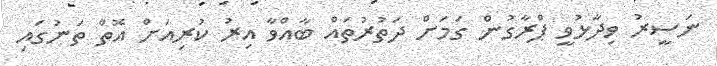
ނަސީރު ވިދާޅުވީ ޕްރާގުން ގަމަށް ދަތުރުތައް ބާއްވާ އިރު ކުރިއަށް އޮތް ތަނުގައި